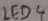
Text: LED4